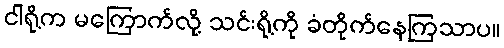
ငါရို့က မကြောက်လို့ သင်းရို့ကို ခံတိုက်နေကြသာပ။